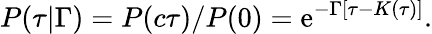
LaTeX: P(\tau\vert\Gamma)=P(c\tau)/P(0)=\mathrm{e}^{-\Gamma[\tau-K(\tau)]}.